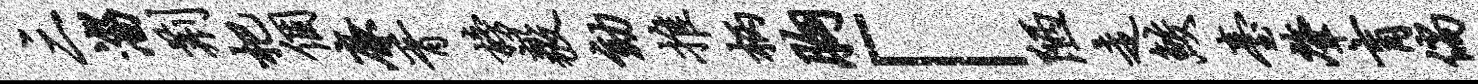
三淄荆杷个廉胥榜毅劾推柄胸「陋走鲛台肇肓倘